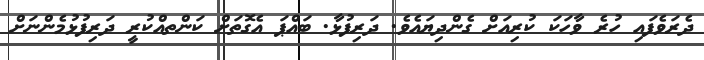
ދެރަވެފައި ހުރެ ވާހަކަ ކުރިއަށް ގެންދިޔައެވެ. ދަރިފުޅާ. ބައްޕަ އެގޮތަށް ކަންތއްކުރީ ދަރިފުޅުމެންނަށް